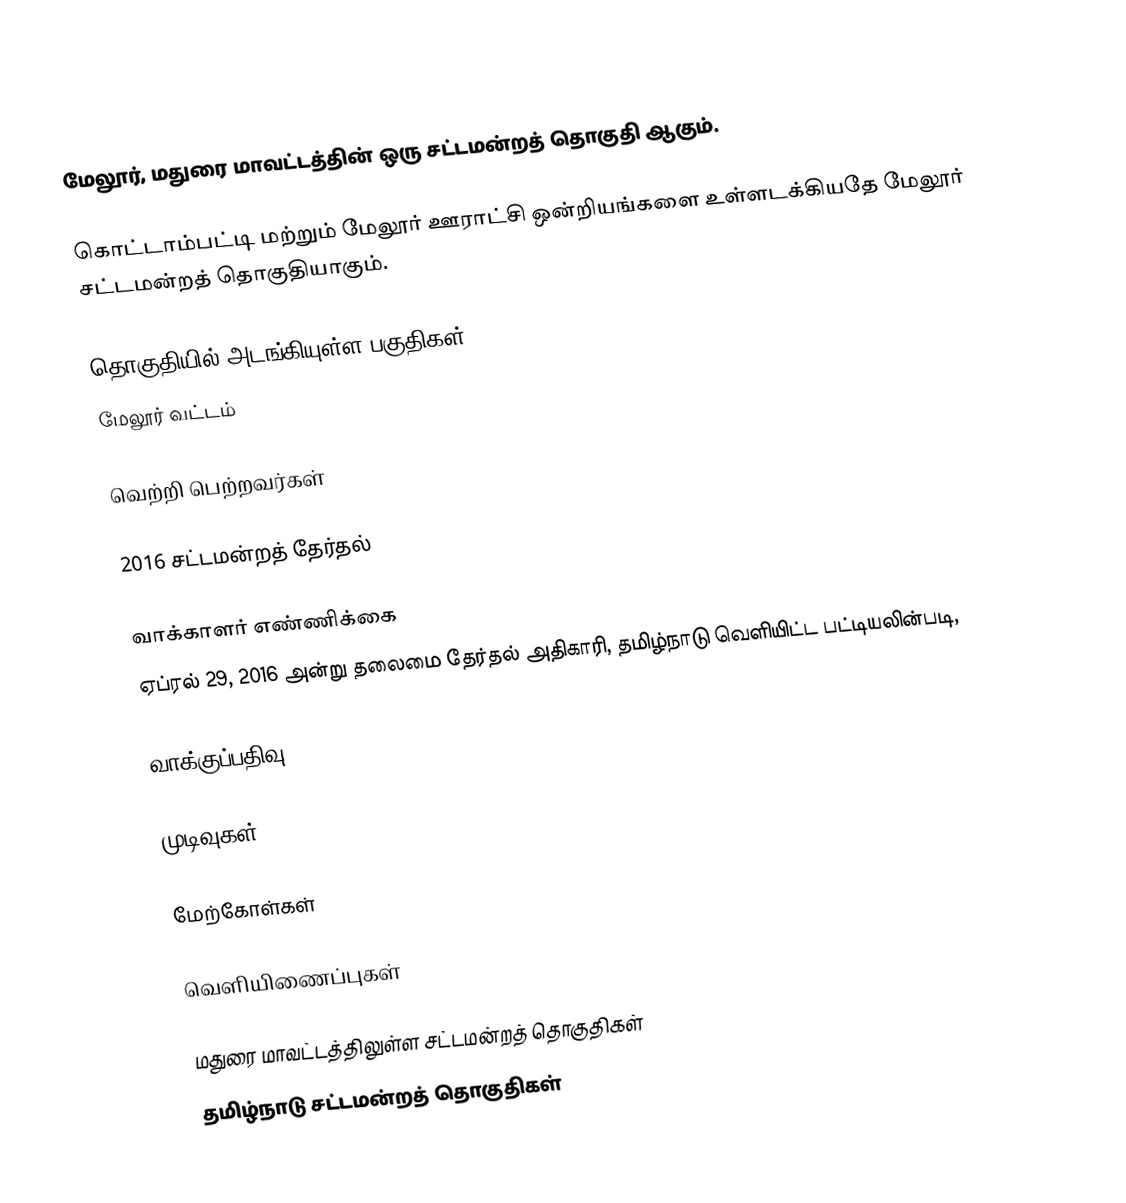
மேலூர், மதுரை மாவட்டத்தின் ஒரு சட்டமன்றத் தொகுதி ஆகும்.

கொட்டாம்பட்டி மற்றும் மேலூர் ஊராட்சி ஒன்றியங்களை உள்ளடக்கியதே மேலூர் சட்டமன்றத் தொகுதியாகும்.

தொகுதியில் அடங்கியுள்ள பகுதிகள்
மேலூர் வட்டம்

வெற்றி பெற்றவர்கள்

2016 சட்டமன்றத் தேர்தல்

வாக்காளர் எண்ணிக்கை
ஏப்ரல் 29, 2016 அன்று தலைமை தேர்தல் அதிகாரி, தமிழ்நாடு வெளியிட்ட பட்டியலின்படி,

வாக்குப்பதிவு

முடிவுகள்

மேற்கோள்கள்

வெளியிணைப்புகள்

மதுரை மாவட்டத்திலுள்ள சட்டமன்றத் தொகுதிகள்
தமிழ்நாடு சட்டமன்றத் தொகுதிகள்